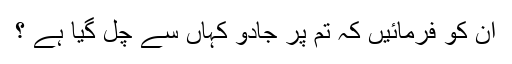
ان کو فرمائیں کہ تم پر جادو کہاں سے چل گیا ہے ؟